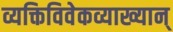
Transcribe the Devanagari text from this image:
व्यक्तिविवेकव्याख्यान्‌